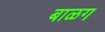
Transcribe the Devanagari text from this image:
बाळग